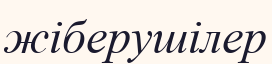
жіберушілер